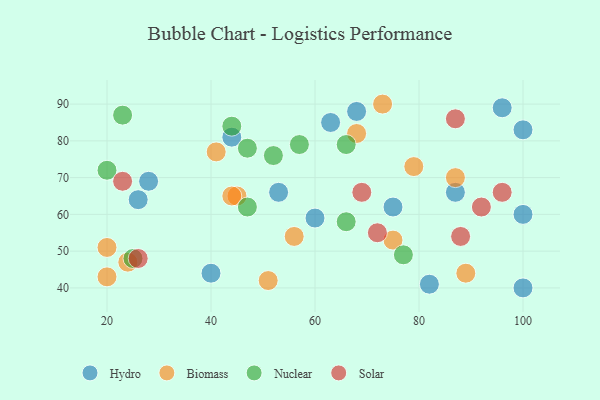
{"axis": {"x": "GDP", "y": "Life Expectancy"}, "legend": ["Biomass", "Hydro", "Nuclear", "Solar"], "data": [{"x": "82", "y": 41, "type": "Hydro"}, {"x": "75", "y": 62, "type": "Hydro"}, {"x": "96", "y": 89, "type": "Hydro"}, {"x": "60", "y": 59, "type": "Hydro"}, {"x": "87", "y": 66, "type": "Hydro"}, {"x": "63", "y": 85, "type": "Hydro"}, {"x": "28", "y": 69, "type": "Hydro"}, {"x": "53", "y": 66, "type": "Hydro"}, {"x": "26", "y": 64, "type": "Hydro"}, {"x": "44", "y": 81, "type": "Hydro"}, {"x": "100", "y": 40, "type": "Hydro"}, {"x": "100", "y": 60, "type": "Hydro"}, {"x": "40", "y": 44, "type": "Hydro"}, {"x": "68", "y": 88, "type": "Hydro"}, {"x": "100", "y": 83, "type": "Hydro"}, {"x": "24", "y": 47, "type": "Biomass"}, {"x": "41", "y": 77, "type": "Biomass"}, {"x": "20", "y": 51, "type": "Biomass"}, {"x": "45", "y": 65, "type": "Biomass"}, {"x": "68", "y": 82, "type": "Biomass"}, {"x": "75", "y": 53, "type": "Biomass"}, {"x": "56", "y": 54, "type": "Biomass"}, {"x": "89", "y": 44, "type": "Biomass"}, {"x": "87", "y": 70, "type": "Biomass"}, {"x": "51", "y": 42, "type": "Biomass"}, {"x": "44", "y": 65, "type": "Biomass"}, {"x": "79", "y": 73, "type": "Biomass"}, {"x": "73", "y": 90, "type": "Biomass"}, {"x": "20", "y": 43, "type": "Biomass"}, {"x": "23", "y": 87, "type": "Nuclear"}, {"x": "47", "y": 62, "type": "Nuclear"}, {"x": "66", "y": 79, "type": "Nuclear"}, {"x": "47", "y": 78, "type": "Nuclear"}, {"x": "77", "y": 49, "type": "Nuclear"}, {"x": "25", "y": 48, "type": "Nuclear"}, {"x": "52", "y": 76, "type": "Nuclear"}, {"x": "66", "y": 58, "type": "Nuclear"}, {"x": "57", "y": 79, "type": "Nuclear"}, {"x": "44", "y": 84, "type": "Nuclear"}, {"x": "20", "y": 72, "type": "Nuclear"}, {"x": "92", "y": 62, "type": "Solar"}, {"x": "88", "y": 54, "type": "Solar"}, {"x": "23", "y": 69, "type": "Solar"}, {"x": "72", "y": 55, "type": "Solar"}, {"x": "87", "y": 86, "type": "Solar"}, {"x": "26", "y": 48, "type": "Solar"}, {"x": "69", "y": 66, "type": "Solar"}, {"x": "96", "y": 66, "type": "Solar"}]}